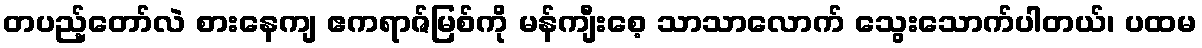
တပည့်တော်လဲ စားနေကျ ဧကရာဇ်မြစ်ကို မန်ကျီးစေ့ သာသာလောက် သွေးသောက်ပါတယ်၊ ပထမ